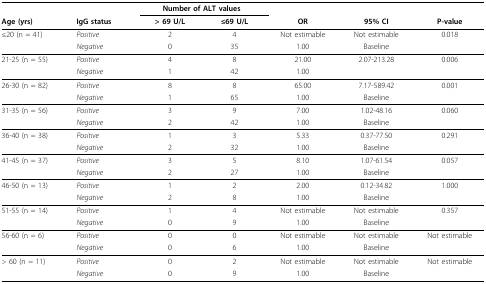
<table><thead><tr><td></td><td></td><td colspan="2"><b>Number of ALT values</b></td><td></td><td></td><td></td></tr><tr><td><b>Age (yrs)</b></td><td><b>IgG status</b></td><td><b>&gt; 69 U/L</b></td><td><b>≤69 U/L</b></td><td><b>OR</b></td><td><b>95% CI</b></td><td><b>P-value</b></td></tr></thead><tbody><tr><td>≤20 (n = 41)</td><td><i>Positive</i></td><td>2</td><td>4</td><td>Not estimable</td><td>Not estimable</td><td>0.018</td></tr><tr><td></td><td><i>Negative</i></td><td>0</td><td>35</td><td>1.00</td><td>Baseline</td><td></td></tr><tr><td>21-25 (n = 55)</td><td><i>Positive</i></td><td>4</td><td>8</td><td>21.00</td><td>2.07-213.28</td><td>0.006</td></tr><tr><td></td><td><i>Negative</i></td><td>1</td><td>42</td><td>1.00</td><td></td><td></td></tr><tr><td>26-30 (n = 82)</td><td><i>Positive</i></td><td>8</td><td>8</td><td>65.00</td><td>7.17-589.42</td><td>0.001</td></tr><tr><td></td><td><i>Negative</i></td><td>1</td><td>65</td><td>1.00</td><td>Baseline</td><td></td></tr><tr><td>31-35 (n = 56)</td><td><i>Positive</i></td><td>3</td><td>9</td><td>7.00</td><td>1.02-48.16</td><td>0.060</td></tr><tr><td></td><td><i>Negative</i></td><td>2</td><td>42</td><td>1.00</td><td>Baseline</td><td></td></tr><tr><td>36-40 (n = 38)</td><td><i>Positive</i></td><td>1</td><td>3</td><td>5.33</td><td>0.37-77.50</td><td>0.291</td></tr><tr><td></td><td><i>Negative</i></td><td>2</td><td>32</td><td>1.00</td><td>Baseline</td><td></td></tr><tr><td>41-45 (n = 37)</td><td><i>Positive</i></td><td>3</td><td>5</td><td>8.10</td><td>1.07-61.54</td><td>0.057</td></tr><tr><td></td><td><i>Negative</i></td><td>2</td><td>27</td><td>1.00</td><td>Baseline</td><td></td></tr><tr><td>46-50 (n = 13)</td><td><i>Positive</i></td><td>1</td><td>2</td><td>2.00</td><td>0.12-34.82</td><td>1.000</td></tr><tr><td></td><td><i>Negative</i></td><td>2</td><td>8</td><td>1.00</td><td>Baseline</td><td></td></tr><tr><td>51-55 (n = 14)</td><td><i>Positive</i></td><td>1</td><td>4</td><td>Not estimable</td><td>Not estimable</td><td>0.357</td></tr><tr><td></td><td><i>Negative</i></td><td>0</td><td>9</td><td>1.00</td><td>Baseline</td><td></td></tr><tr><td>56-60 (n = 6)</td><td><i>Positive</i></td><td>0</td><td>0</td><td>Not estimable</td><td>Not estimable</td><td>Not estimable</td></tr><tr><td></td><td><i>Negative</i></td><td>0</td><td>6</td><td>1.00</td><td>Baseline</td><td></td></tr><tr><td>&gt; 60 (n = 11)</td><td><i>Positive</i></td><td>0</td><td>2</td><td>Not estimable</td><td>Not estimable</td><td>Not estimable</td></tr><tr><td></td><td><i>Negative</i></td><td>0</td><td>9</td><td>1.00</td><td>Baseline</td><td></td></tr></tbody></table>